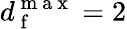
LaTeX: d_{\mathrm{~f~}}^{\mathrm{~m~a~x~}}=2